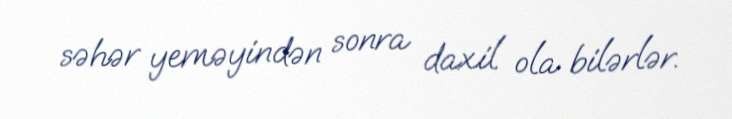
səhər yeməyindən sonra daxil ola bilərlər.